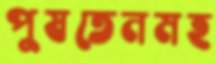
পুষতেনমহ